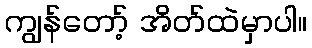
ကျွန်တော့် အိတ်ထဲမှာပါ။